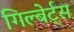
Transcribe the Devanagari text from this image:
गिल्बेर्ट्स